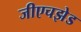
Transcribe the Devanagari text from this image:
जीएचझेड